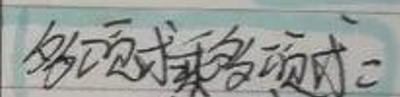
多项式乘多项式: